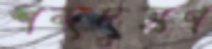
শব্দদূষণ